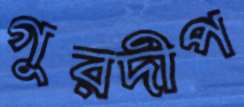
গুরদীপ